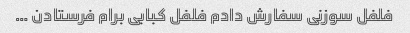
فلفل سوزنی سفارش دادم فلفل کبابی برام فرستادن …